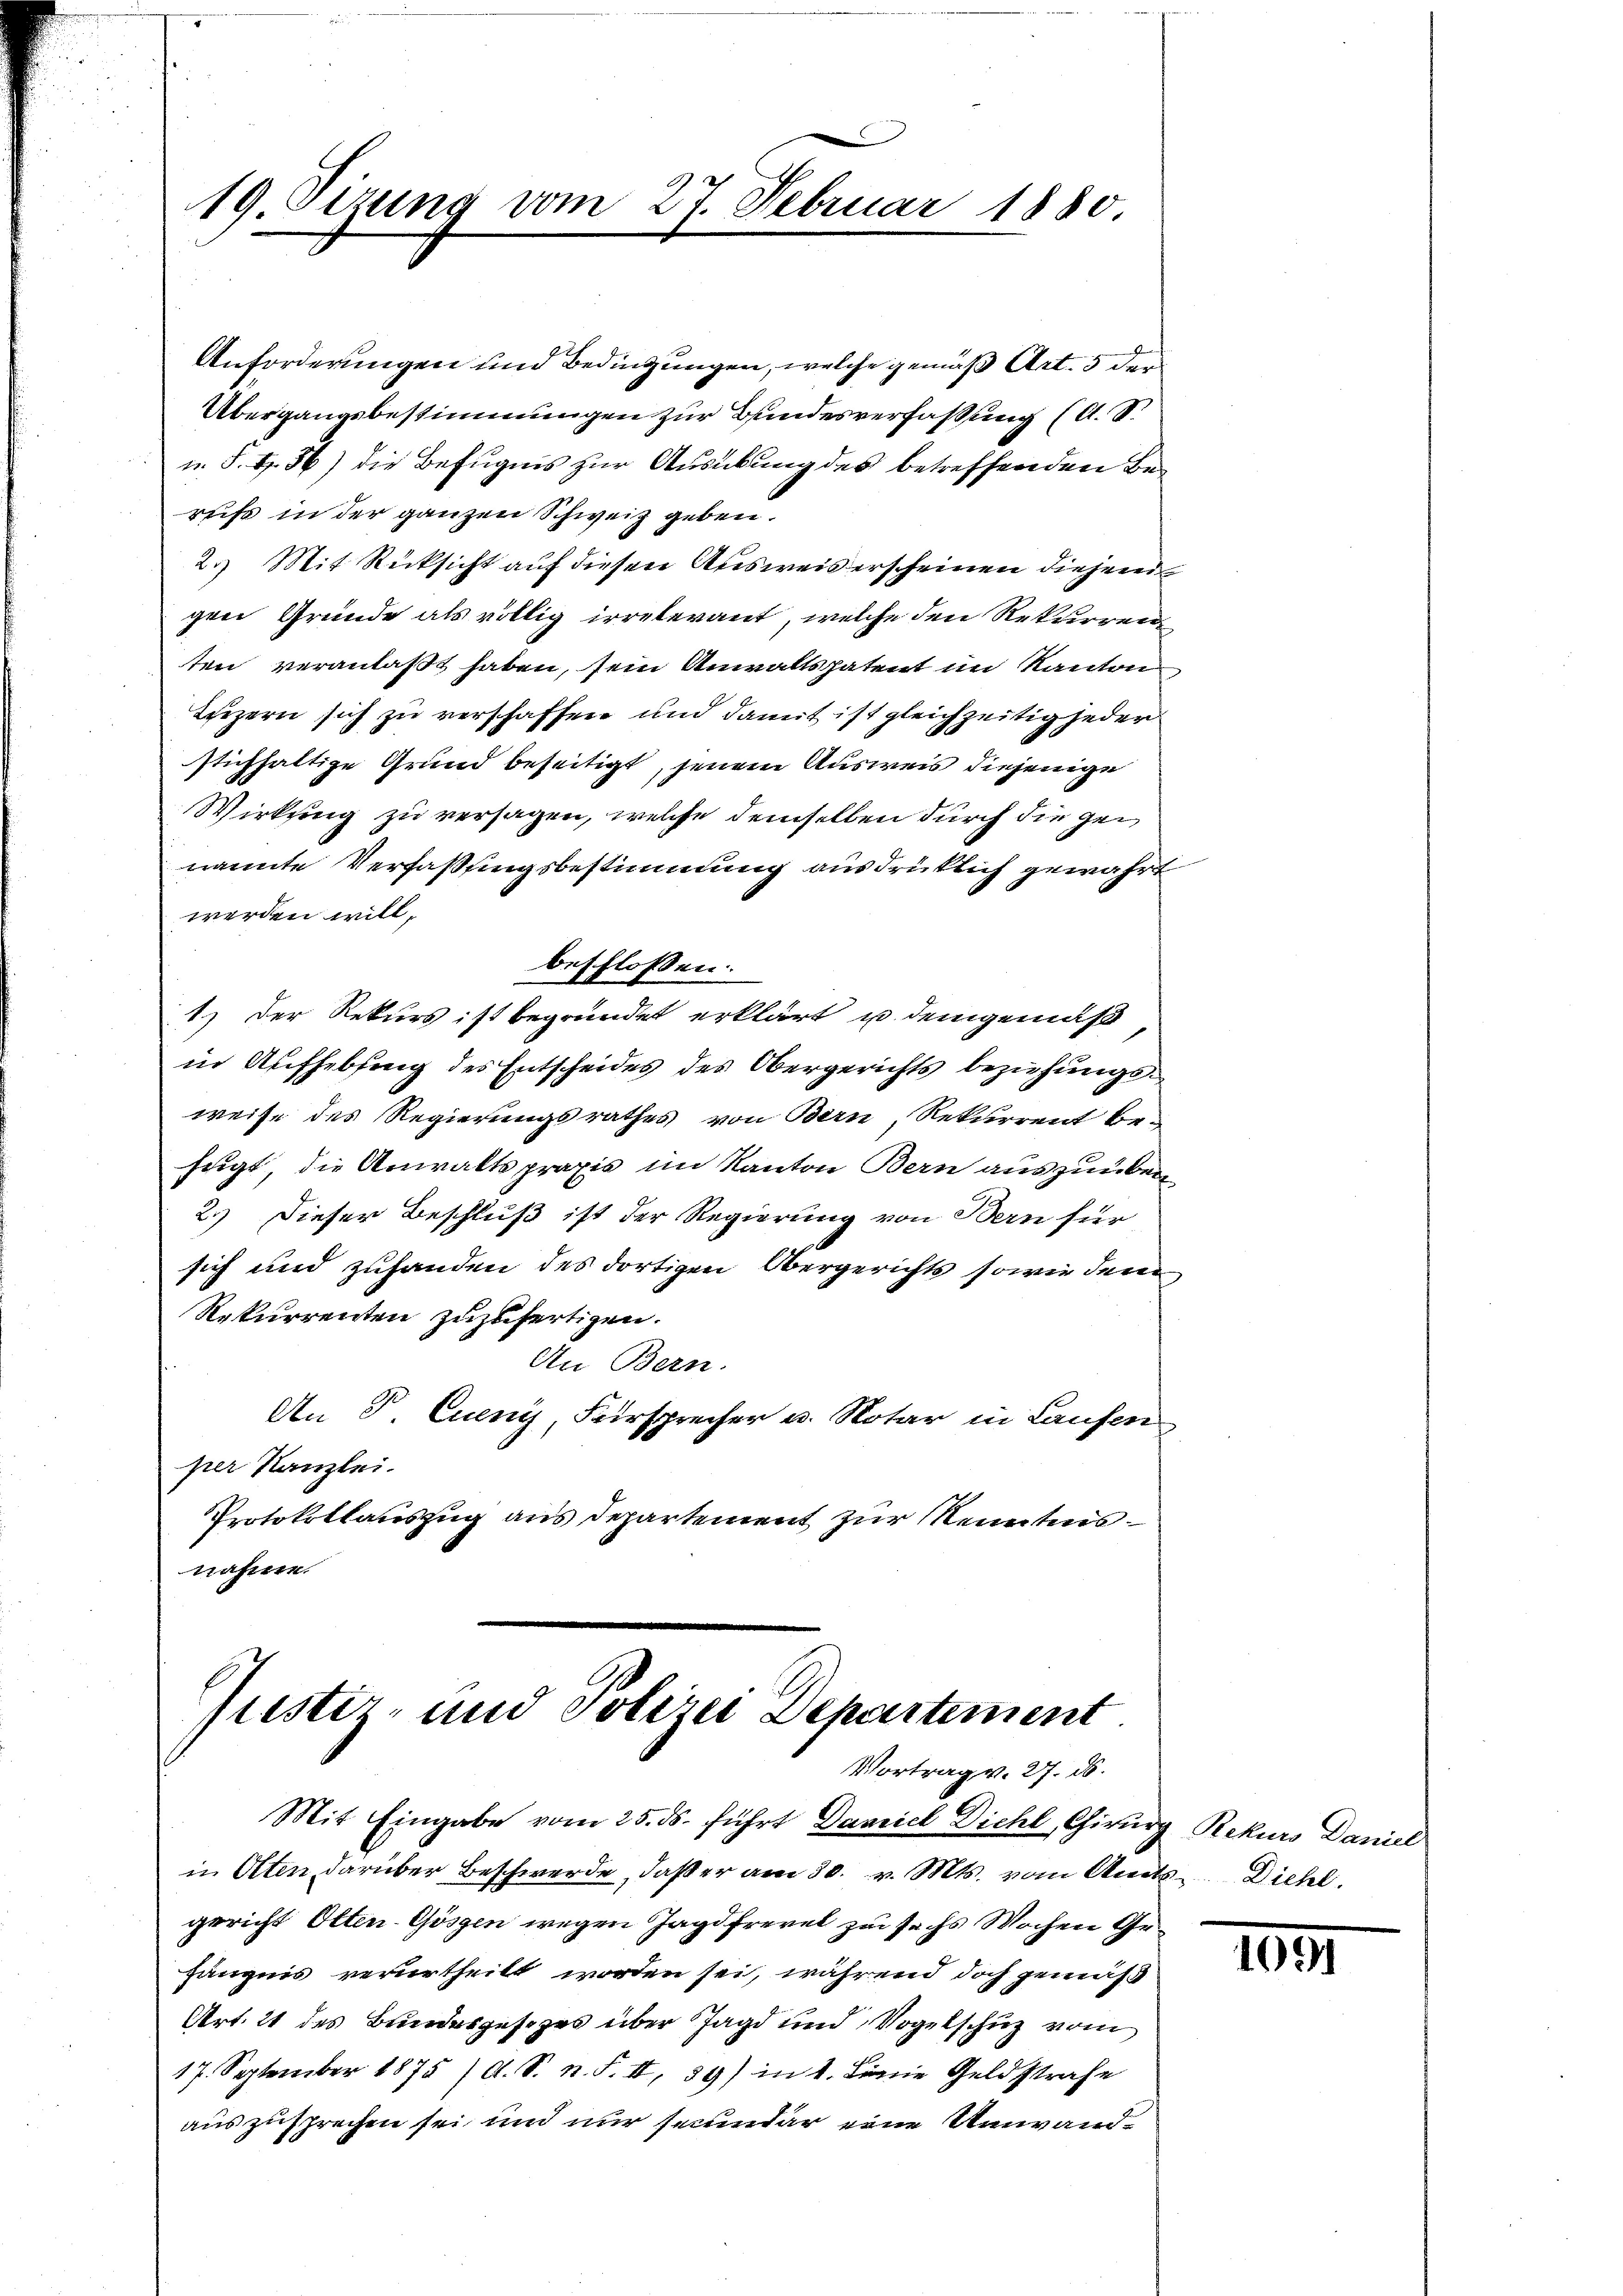
19 Sizung vom 27. Februar 1880

Anforderungen und Bedingungen, welche gemäß Art. 5 der
Übergangsbestimmungen zur Bundesverfassung (A. S.
u. S. 486) die Befugnis zur Ausübung des betreffenden Berus in der ganzen Schweiz geben.
2.) Mit Rücksicht auf diesen Ausweis erscheinen diejeni
gen Gründe als völlig irrelevant, welche den Rekurrenz
ten veranlaßt haben, sein Anwaltspatent im Kanton
Luzern sich zu verschaffen und damit ist gleichzeitig jeder
stichhaltige Grund beseitigt, jenem Ausweis diejenige
Wirkung zu versagen, welche demselben durch die gei
nannte Verfaßungsbestimmung ausdrüklich gewahrt
werden will,
beschlossen:
1.) Der Rekurs ist begründet erklärt u. demgemäß,
in Aufhebsing des Entscheides des Obergerichts beziehungsweise des Regierungsrathes von Bern, Rekurrent be-
fugt, die Anwaltspraxis im Kanton Bern auszuüben
2.) Dieser Beschluß ist der Regierung von Bern für
sich und zuhanden des dortigen Obergerichts sowie den
Rekurrenten zuzufertigen.
An Bern.
An P. Queny, Fürsprecher u. Notar in Laufen
per Kanzlei.
Protokollauszug aus Departement zur Kenntnisnahme.

Justiz- und Polizei Departement
Vortrag v. 27. ds.

Mit Eingabe vom 25. ds. führt Daniel Dichl, Chirurg Rekurs Daniel
in Olten darüber Beschwerde, daß er am 30. v. Mts. vom Amts Diehl.
gericht Otten-Göszen wegen Jagdfrevet zu sechs Wochen Gehängnis verurtheilt worden sei, während doch gemäß
Art. 21 des Bundesgesezes über Jagd und Vogelschuz vom
17. September 1875 /A. S. n. F. II, 89) in 1. Leine Geldstrafe
auszusprechen sei, und nur secundar eine Umwand¬

1041